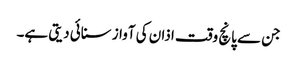
جن سے پانچ وقت اذان کی آواز سنائی دیتی ہے۔